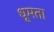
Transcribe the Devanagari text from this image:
धूमता